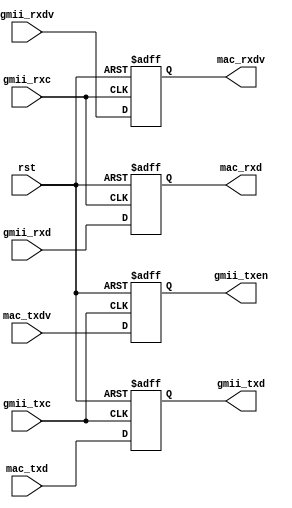
module eth2mac(
    input rst,
    input gmii_txc,
    input gmii_rxc,

    input gmii_rxdv,
    input [7:0] gmii_rxd,
    output reg mac_rxdv,
    output reg [7:0] mac_rxd,

    output reg gmii_txen,
    output reg [7:0] gmii_txd,
    input mac_txdv,
    input [7:0] mac_txd
);

always@(posedge gmii_rxc or posedge rst) begin
    if(rst) begin
        mac_rxdv <= 1'b0;
        mac_rxd <= 8'd0;
    end
    else begin
        mac_rxdv <= gmii_rxdv;
        mac_rxd <= gmii_rxd;
    end
end
  
always@(posedge gmii_txc or posedge rst) begin
    if(rst) begin
        gmii_txen <= 1'b0;
        gmii_txd <= 8'd0;
    end
    else begin
        gmii_txen <= mac_txdv;
        gmii_txd <= mac_txd;
    end
end

endmodule